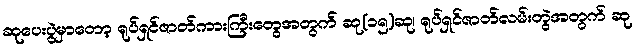
ဆုပေးပွဲမှာတော့ ရုပ်ရှင်ဇာတ်ကားကြီးတွေအတွက် ဆု(၁၅)ဆု၊ ရုပ်ရှင်ဇာတ်လမ်းတွဲအတွက် ဆု